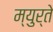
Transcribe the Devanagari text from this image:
म्युर्ते